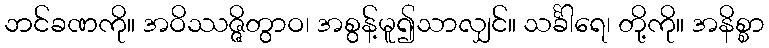
ဘင်ခဏကို။ အဝိဿဇ္ဇိတွာဝ၊ အစွန့်မူ၍သာလျှင်။ သင်္ခါရေ၊ တို့ကို။ အနိစ္စာ